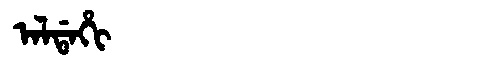
Manchu: ᠠᠯᡩᠠᡥᡳ
Romanization: ALDAHI